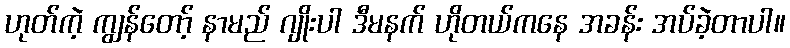
ဟုတ်ကဲ့ ကျွန်တော့် နာမည် ဂျိုးပါ ဒီမနက် ဟိုတယ်ကနေ အခန်း အပ်ခဲ့တာပါ။